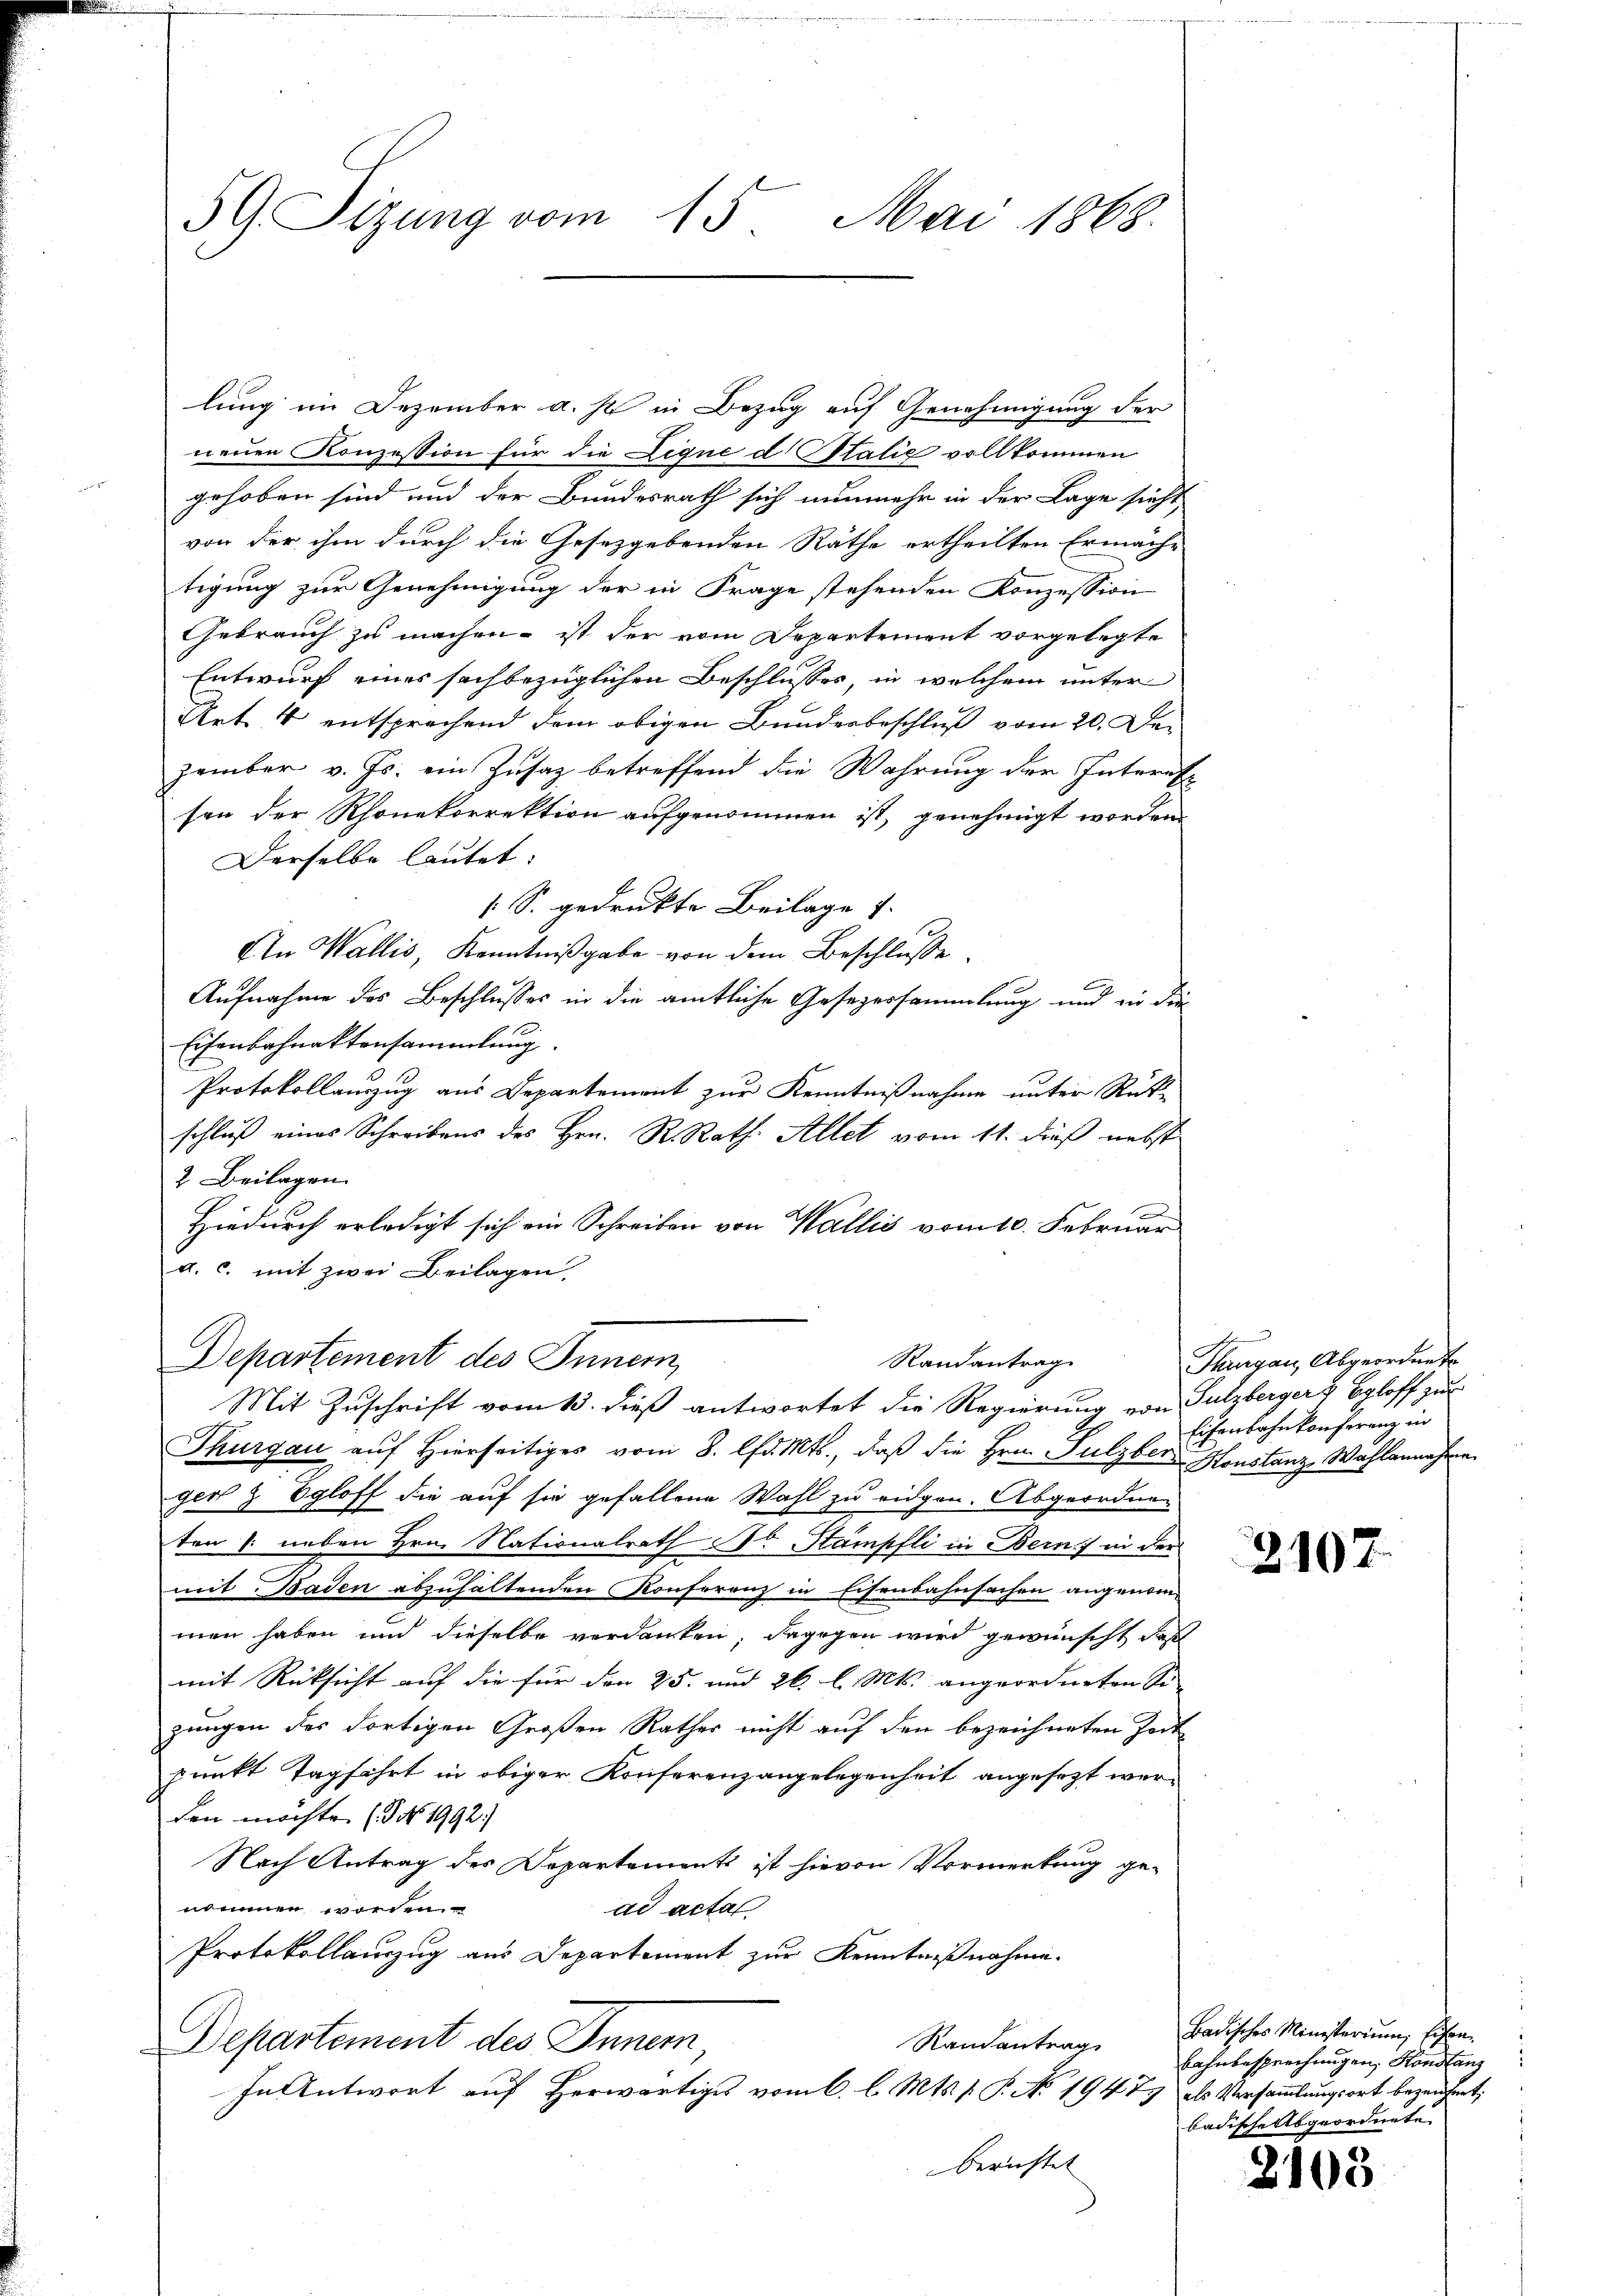
59 Sizung vom 15. Mai 1868.

lung im Dezember a. s. in Bezug auf Genehmigung der
neuen Konzession für die Lique d Italić vollkommen
gehoben sind und der Bundesrath sich nunmehr in der Lage sieht
von der ihm durch die Gesetzgebenden Räthe ertheilten Ermäch-
tigung zur Genehmigung der in Frage stehenden Konzession
Gebrauch zu machen - ist der vom Departement vorgelegte
Entwurf eines sachbezüglichen Beschlusses, in welchem unter
Ret. 4 entsprachend dem obigen Bunderbeschluß vom 20. Dezember v. Js. ein Zusaz betreffend die Wahrung der Interat
sen der Rhonekorrektion aufgenommen ist, genehmigt worden
Derselbe lautet.
[S. gedrukte Beilage 1.
An Wallis, Kenntnißgabe von dem Beschlusse
Aufnahme des Beschlusses in die amtliche Gesezersammlung und in die
Eisenbahnaktensammlung.
Protokollauszug aus Departement zur Kenntnißnahme unter Rücke
schluß eines Schreibens des Hrn. R. Rath. Allet vom 11. Fuß nebst
2. Beilagen.
Hiedurch erledigt sich ein Schreiben von Wallis vom 10. Februar
a. c. mit zwei Beilagen,
Departement des Innern,
Randantrag
Mit Zuschrift vom 13. dieß antwortet die Regierung von Sulzberger & Egloff zur
Thurgau aŭf hierseitiges vom 8. lfd. Mts., daβ die Hrn. Sulzber Konstanz, Wahlannahme
ger & Egloff die auf sie gefallene Wahl zu eidgen. Abgeordnen
ten 1. neben Hrn. Nationalrath Dr Stämpfli in Bern in der
mit Baden abzuhaltenden Konferenz in Eisenbahnfachen angenommen haben und dieselbe verdanken, dagegen wird gewünscht, daß
mit Rücksicht auf die für den 25. und 26. l. Mts. angeordneten Se-
zungen des dortigen Großen Rathes nicht auf den bezeichneten Zeit
punkt Tagfahrt in obiger Konferenzangelegenheit angesezt werden möchte. ( No. 1992.)
Nach Antrag des Departements ist hievon Vormerkung ge-
nommen worden
ad actal.
Protokollauszug aus Departement zur Kenntnißnahme.
Randantrag
Departement des Inner,
In Antwort aŭf herwärtiges vom 6. l. Mts. f. P. No. 1947 als Versaṁlŭngsort bezeichnet;
berichtet

Thngau, Abgeordnet
Eisenbahnkonferenz in

2107

Badisches Ministerium, Eisen.
Bahnbesprechungen, Konstanz
badische Abgeordnete

2103